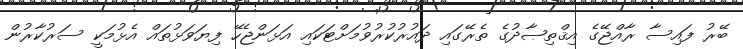
ބޭރު ފައިސާ ރާއްޖޭގެ އިޤްތިޞާދުގެ ތެރޭގައި ދައުރުކުރުވުމަށްޓަކައި އަޅަންޖެހޭ ފިޔަވަޅުތައް އެޅުމަކީ ސަރުކާރުން